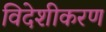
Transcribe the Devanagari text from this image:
विदेशीकरण